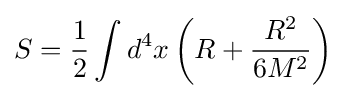
S={\frac {1}{2}}\int d^{4}x\left(R+{\frac {R^{2}}{6M^{2}}}\right)